Annual report of the Civil Veterinary Department, Bengal, for the year 1897-98 - 1897-1898
Year: 1897
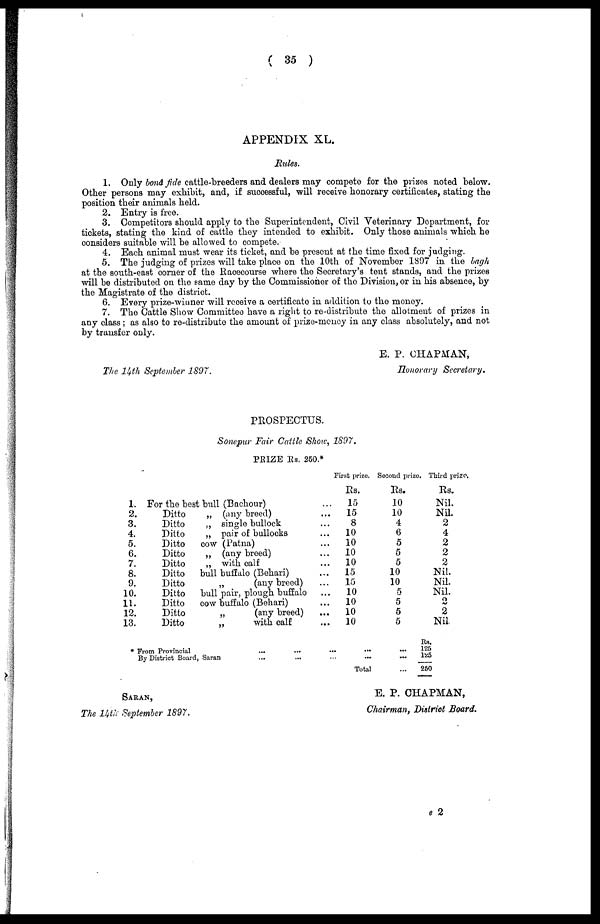
( 35 )
APPENDIX XL.
Rules.
1. Only bond fide cattle-breeders and dealers may compete for the prizes noted below.
Other persons may exhibit, and, if successful, will receive honorary certificates, stating the
position their animals held.
2. Entry is free.
3. Competitors should apply to the Superintendent, Civil Veterinary Department, for
tiokets, stating the kind of cattle they intended to exhibit. Only those animals which he
considers suitable will be allowed to compete.
4. Each animal must wear its ticket, and be present at the time fixed forjudging.
5. The judging of prizes will take place on the 10th of November 1897 in the bagh
at the south-east corner of the Raæcourse where the Secretary's tent stands, and the prizes
will be distributed on the same day by the Commissioner of the Division, or in his absence, by
the Magistrate of the district.
6. Every prize-winner will receive a certificate in addition to the money.
7. The Cattle Show Committee have a right to re-distribute the allotment of prizes in
any class; as also to re-distribute the amount of prize-money in any class absolutely, and not
by transfer only.
The 14th September 1897.
E. P. CHAPMAN,
Honorary Secretary.
PROSPECTUS.
Sonepur Fair Cattle Show, 1897.
PRIZE Rs. 250.
2
1.
2.
3.
4.
5.
6.
7.
8.
9.
10.
11.
12.
13.
For the best bull (Bachour)
Ditto
„ (any breed)
Ditto
„ single bullock
Ditto
„ pair of bullocks
Ditto
cow (Patna)
Ditto
„ (any breed)
Ditto
„ with calf
Ditto bull buffalo (Behari)
Ditto
„
(any breed)
Ditto bull pair, plough buffalo
Ditto cow buffalo (Behari)
Ditto
„
(any breed)
Ditto
„
with calf
...
...
...
...
...
...
...
...
...
...
...
...
...
First prize.
Rs.
15
15
8
10
10
10
10
15
15
10
10
10
10
Second prize.
Rs.
10
10
4
6
5
5
5
10
10
5
5
5
5
Third prize,
Rs.
Nil.
Nil.
2
4
2
2
2
Nil.
Nil.
Nil.
2
2
Nil
* From Provincial
By District Board, Saran
...
...
...
... ...
...
Total
...
...
...
Rs.
125
125
250
Saran,
The 14th September 1897.
E. P. CHAPMAN,
Chairman, District Board.